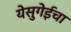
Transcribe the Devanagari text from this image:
येसुगेईचा